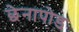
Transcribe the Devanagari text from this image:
छेनापोड